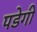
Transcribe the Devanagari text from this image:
पडेगी